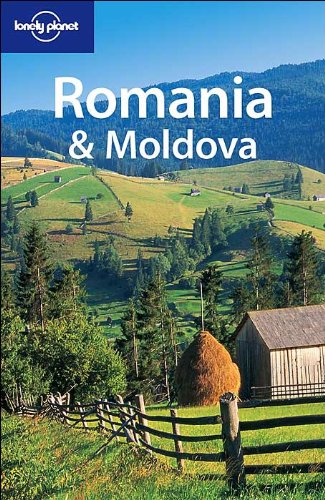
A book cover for Romania & Moldova (Lonely Planet Travel Guides); Cathryn Kemp; Travel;